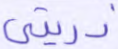
ذريتي